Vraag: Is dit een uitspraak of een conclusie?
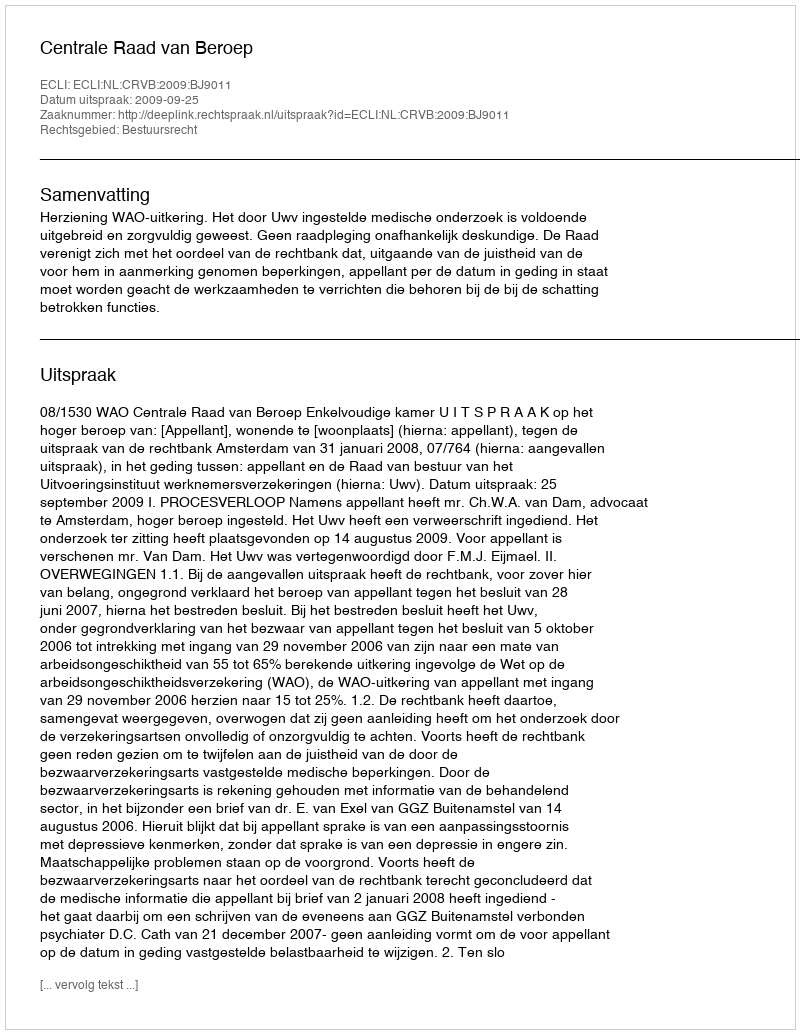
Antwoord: Uitspraak